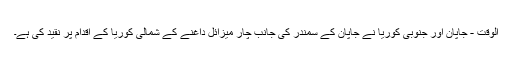
الوقت - جاپان اور جنوبی کوریا نے جاپان کے سمندر کی جانب چار میزائل داغنے کے شمالی کوریا کے اقدام پر نقید کی ہے۔